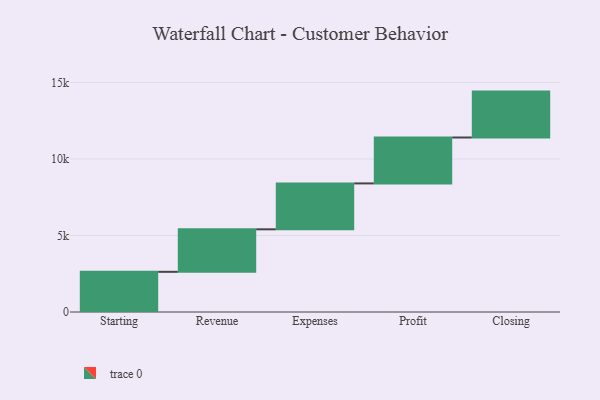
{"axis": {"x": "Step", "y": "Value"}, "legend": [""], "data": [{"x": "Starting", "y": 2626.0, "type": ""}, {"x": "Revenue", "y": 2778.0, "type": ""}, {"x": "Expenses", "y": 3000, "type": ""}, {"x": "Profit", "y": 3000, "type": ""}, {"x": "Closing", "y": 3000, "type": ""}]}